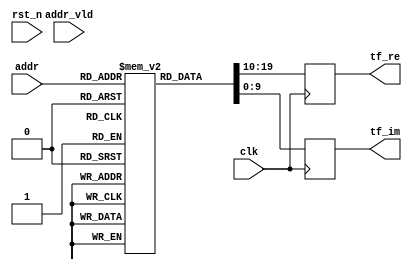
`timescale 1ns/10ps

module fft_r22sdf_rom_1024_s3 (
    input  wire               clk,
    input  wire               rst_n,
    input  wire        [ 3:0] addr,
    input  wire               addr_vld,
    output reg signed [ 9:0] tf_re,
    output reg signed [ 9:0] tf_im
  );



  // assign tf_re = dout[19:10];
  // assign tf_im = dout[ 9: 0];

  // initial
  //   begin
  //    `ifndef USE_RESET
  //     dout = 20'd0;
  //    `endif
  //   end

 reg  [19:0] dout[0:1023];

initial begin
dout[0] = { 10'sd511   ,  10'sd0     }; /* W[   0] =  0.9980   0.0000i */
dout[1] = { 10'sd511   ,  10'sd0     }; /* W[   0] =  0.9980   0.0000i */
dout[2] = { 10'sd511   ,  10'sd0     }; /* W[   0] =  0.9980   0.0000i */
dout[3] = { 10'sd511   ,  10'sd0     }; /* W[   0] =  0.9980   0.0000i */
dout[4] = { 10'sd511   ,  10'sd0     }; /* W[   0] =  0.9980   0.0000i */
dout[5] = { 10'sd362   , -10'sd362   }; /* W[ 128] =  0.7070  -0.7070i */
dout[6] = { 10'sd0     , -10'sd512   }; /* W[ 256] =  0.0000  -1.0000i */
dout[7] = {-10'sd362   , -10'sd362   }; /* W[ 384] = -0.7070  -0.7070i */
dout[8] = { 10'sd511   ,  10'sd0     }; /* W[   0] =  0.9980   0.0000i */
dout[9] = { 10'sd473   , -10'sd196   }; /* W[  64] =  0.9238  -0.3828i */
dout[10] = { 10'sd362   , -10'sd362   }; /* W[ 128] =  0.7070  -0.7070i */
dout[11] = { 10'sd196   , -10'sd473   }; /* W[ 192] =  0.3828  -0.9238i */
dout[12] = { 10'sd511   ,  10'sd0     }; /* W[   0] =  0.9980   0.0000i */
dout[13] = { 10'sd196   , -10'sd473   }; /* W[ 192] =  0.3828  -0.9238i */
dout[14] = {-10'sd362   , -10'sd362   }; /* W[ 384] = -0.7070  -0.7070i */
dout[15] = {-10'sd473   ,  10'sd196   }; /* W[ 576] = -0.9238   0.3828i */
end

always @ (posedge clk) begin
  tf_re<=dout[addr][19:10];
  tf_im<=dout[addr][9:0];
end


endmodule

/** @} */ /* End of addtogroup ModMiscIpDspFftR22Sdc */
/* END OF FILE */